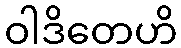
ဝါဒိတေဟိ